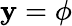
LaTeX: \mathbf{y}=\phi